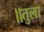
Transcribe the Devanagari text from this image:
॥तुला